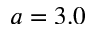
a = 3 . 0